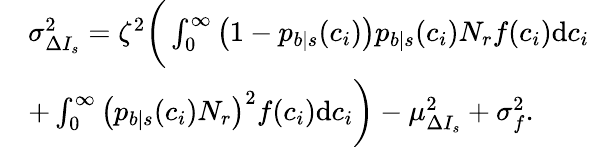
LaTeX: \begin{array}{rl}&{\sigma_{\Delta I_{s}}^{2}=\zeta^{2}\bigg(\int_{0}^{\infty}\left(1-p_{b|s}(c_{i})\right)p_{b|s}(c_{i})N_{r}f(c_{i})\mathrm{d}c_{i}}\\ &{+\int_{0}^{\infty}\left(p_{b|s}(c_{i})N_{r}\right)^{2}f(c_{i})\mathrm{d}c_{i}\bigg)-\mu_{\Delta I_{s}}^{2}+\sigma_{f}^{2}.}\end{array}